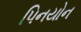
પિનયોન